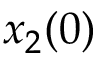
x _ { 2 } ( 0 )